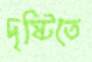
দৃষ্টিতে